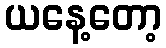
ယနေ့တော့